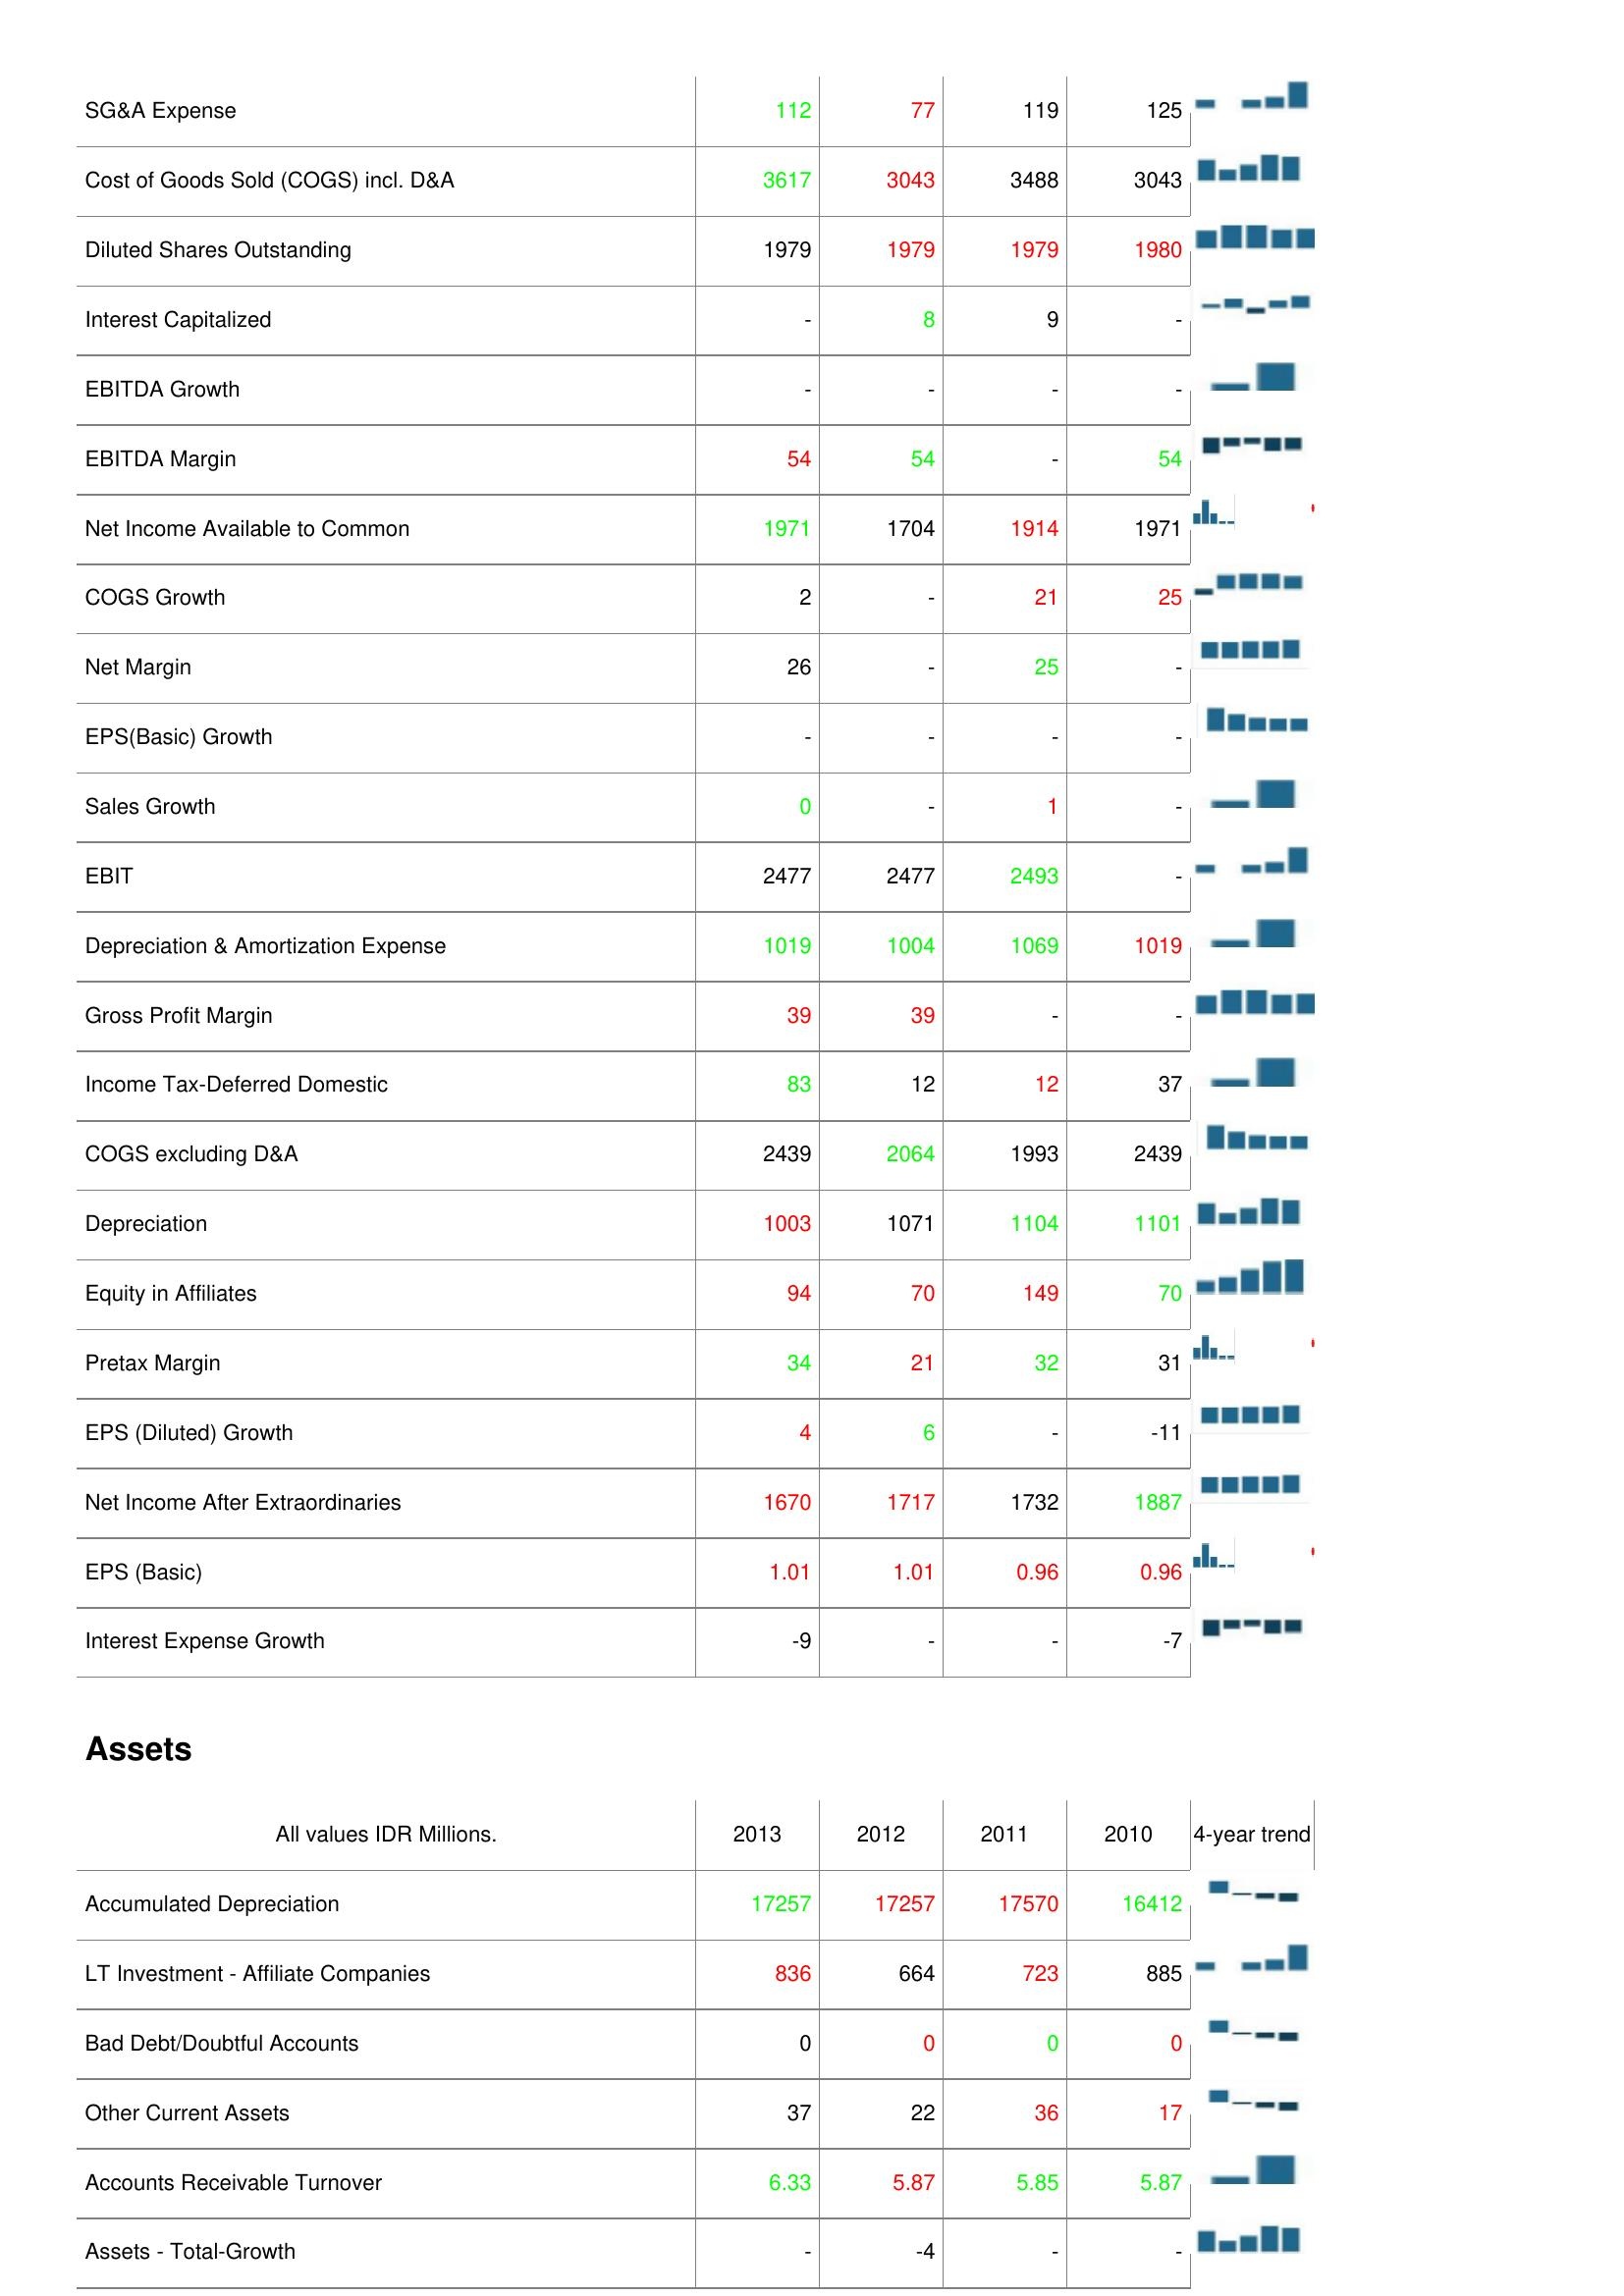
2013: : SG&A Expense: 112
Cost of Goods Sold (COGS) incl. D&A: 3617
Diluted Shares Outstanding: 1979
Interest Capitalized: -
EBITDA Growth: -
EBITDA Margin: 54
Net Income Available to Common: 1971
COGS Growth: 2
Net Margin: 26
EPS(Basic) Growth: -
Sales Growth: 0
EBIT: 2477
Depreciation & Amortization Expense: 1019
Gross Profit Margin: 39
Income Tax-Deferred Domestic: 83
COGS excluding D&A: 2439
Depreciation: 1003
Equity in Affiliates: 94
Pretax Margin: 34
EPS (Diluted) Growth: 4
Net Income After Extraordinaries: 1670
EPS (Basic): 1.01
Interest Expense Growth: -9
Assets: Accumulated Depreciation: 17257
LT Investment - Affiliate Companies: 836
Bad Debt/Doubtful Accounts: 0
Other Current Assets: 37
Accounts Receivable Turnover: 6.33
Assets - Total-Growth: -
2012: : SG&A Expense: 77
Cost of Goods Sold (COGS) incl. D&A: 3043
Diluted Shares Outstanding: 1979
Interest Capitalized: 8
EBITDA Growth: -
EBITDA Margin: 54
Net Income Available to Common: 1704
COGS Growth: -
Net Margin: -
EPS(Basic) Growth: -
Sales Growth: -
EBIT: 2477
Depreciation & Amortization Expense: 1004
Gross Profit Margin: 39
Income Tax-Deferred Domestic: 12
COGS excluding D&A: 2064
Depreciation: 1071
Equity in Affiliates: 70
Pretax Margin: 21
EPS (Diluted) Growth: 6
Net Income After Extraordinaries: 1717
EPS (Basic): 1.01
Interest Expense Growth: -
Assets: Accumulated Depreciation: 17257
LT Investment - Affiliate Companies: 664
Bad Debt/Doubtful Accounts: 0
Other Current Assets: 22
Accounts Receivable Turnover: 5.87
Assets - Total-Growth: -4
2011: : SG&A Expense: 119
Cost of Goods Sold (COGS) incl. D&A: 3488
Diluted Shares Outstanding: 1979
Interest Capitalized: 9
EBITDA Growth: -
EBITDA Margin: -
Net Income Available to Common: 1914
COGS Growth: 21
Net Margin: 25
EPS(Basic) Growth: -
Sales Growth: 1
EBIT: 2493
Depreciation & Amortization Expense: 1069
Gross Profit Margin: -
Income Tax-Deferred Domestic: 12
COGS excluding D&A: 1993
Depreciation: 1104
Equity in Affiliates: 149
Pretax Margin: 32
EPS (Diluted) Growth: -
Net Income After Extraordinaries: 1732
EPS (Basic): 0.96
Interest Expense Growth: -
Assets: Accumulated Depreciation: 17570
LT Investment - Affiliate Companies: 723
Bad Debt/Doubtful Accounts: 0
Other Current Assets: 36
Accounts Receivable Turnover: 5.85
Assets - Total-Growth: -
2010: : SG&A Expense: 125
Cost of Goods Sold (COGS) incl. D&A: 3043
Diluted Shares Outstanding: 1980
Interest Capitalized: -
EBITDA Growth: -
EBITDA Margin: 54
Net Income Available to Common: 1971
COGS Growth: 25
Net Margin: -
EPS(Basic) Growth: -
Sales Growth: -
EBIT: -
Depreciation & Amortization Expense: 1019
Gross Profit Margin: -
Income Tax-Deferred Domestic: 37
COGS excluding D&A: 2439
Depreciation: 1101
Equity in Affiliates: 70
Pretax Margin: 31
EPS (Diluted) Growth: -11
Net Income After Extraordinaries: 1887
EPS (Basic): 0.96
Interest Expense Growth: -7
Assets: Accumulated Depreciation: 16412
LT Investment - Affiliate Companies: 885
Bad Debt/Doubtful Accounts: 0
Other Current Assets: 17
Accounts Receivable Turnover: 5.87
Assets - Total-Growth: -